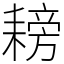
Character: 耪